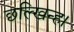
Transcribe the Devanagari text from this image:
छल्खिन्ह।